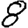
Digit: 8